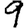
Digit: 9